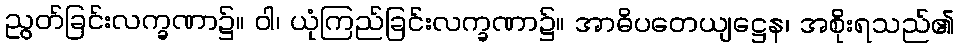
ညွတ်ခြင်းလက္ခဏာ၌။ ဝါ၊ ယုံကြည်ခြင်းလက္ခဏာ၌။ အာဓိပတေယျဋ္ဌေန၊ အစိုးရသည်၏